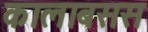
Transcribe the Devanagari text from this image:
कालाबसस